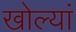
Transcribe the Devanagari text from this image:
खोल्यां